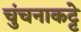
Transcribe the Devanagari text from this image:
चुंचनाकट्टे